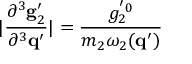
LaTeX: | \frac { \partial ^ { 3 } { \bf g } _ { 2 } ^ { \prime } } { \partial ^ { 3 } { \bf q } ^ { \prime } } | = \frac { g _ { 2 } ^ { ' 0 } } { m _ { 2 } \omega _ { 2 } ( { \bf q } ^ { \prime } ) }